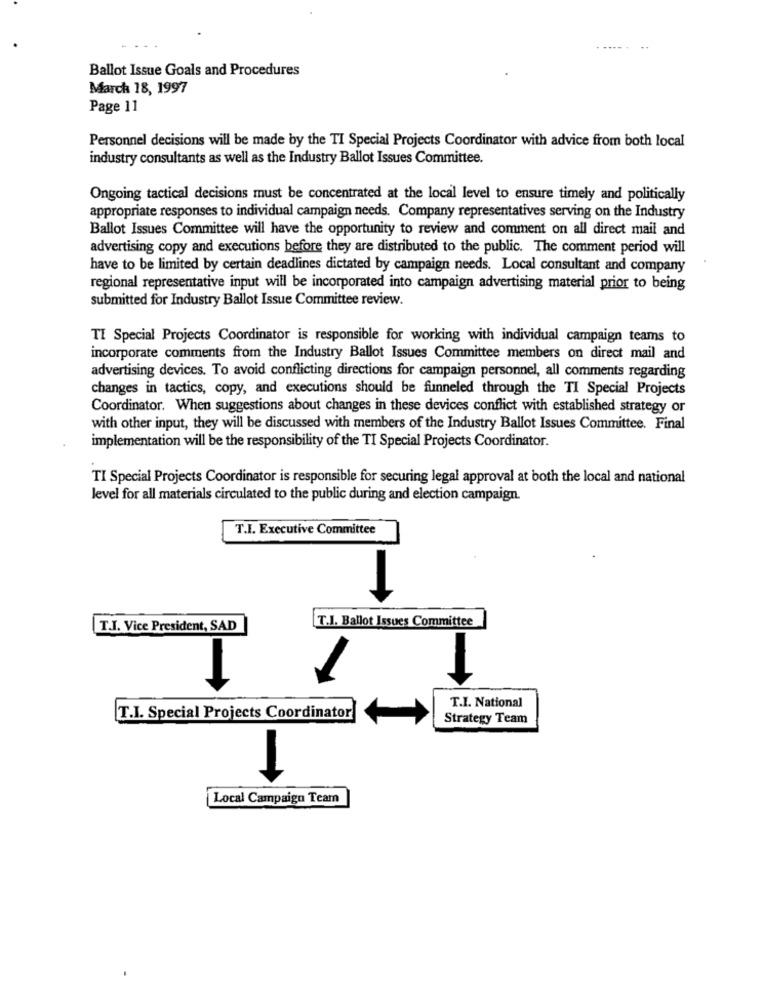
Ballot Issue Goals and Procedures
March 18, 1997
Page 11
Personnel decisions will be made by the TI Special Projects Coordinator with advice from both local
industry consultants as well as the Industry Ballot Issues Committee.
Ongoing tactical decisions must be concentrated at the local level to ensure timely and politically
appropriate responses to individual campaign needs. Company representatives serving on the Industry
Ballot Issues Committee will have the opportunity to review and comment on all direct mail and
advertising copy and executions before they are distributed to the public. The comment period will
have to be limited by certain deadlines dictated by campaign needs. Local consultant and company
regional representative input will be incorporated into campaign advertising material prior to being
submitted for Industry Ballot Issue Committee review.
TI Special Projects Coordinator is responsible for working with individual campaign teams to
incorporate comments from the Industry Ballot Issues Committee members on direct mail and
advertising devices. To avoid conflicting directions for campaign personnel, all comments regarding
changes in tactics, copy, and executions should be funneled through the TI Special Projects
Coordinator. When suggestions about changes in these devices conflict with established strategy or
with other input, they will be discussed with members of the Industry Ballot Issues Committee. Final
implementation will be the responsibility of the TI Special Projects Coordinator.
TI Special Projects Coordinator is responsible for securing legal approval at both the local and national
level for all materials circulated to the public during and election campaign.
T.I. Executive Committee
T.I. Ballot Issues Committee
T.I. Vice President, SAD
T.I. National
T.I. Special Projects Coordinator
Strategy Team
Local Campaign Team